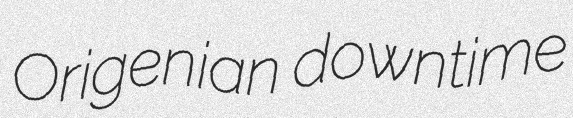
Origenian downtime